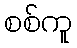
စစ်ကူ